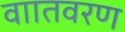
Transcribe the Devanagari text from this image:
वाातवरण